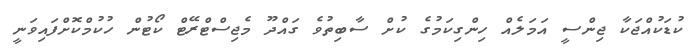
ކުޑަކުއްޖަކާ ޖިންސީ އަމަލެއް ހިންގިކަމުގެ ކުށް ސާބިތުވެ ގައްދޫ މެޖިސްޓްރޭޓް ކޯޓުން ހުކުމްކޮށްފައިވަނީ